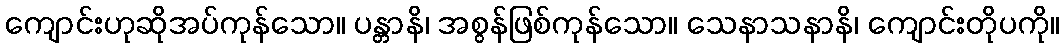
ကျောင်းဟုဆိုအပ်ကုန်သော။ ပန္တာနိ၊ အစွန်ဖြစ်ကုန်သော။ သေနာသနာနိ၊ ကျောင်းတိုပကို။